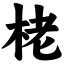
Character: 栳